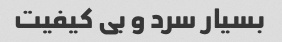
بسیار سرد و بی کیفیت